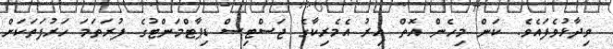
ވިދާޅުވެފައެވެ. ކަން މިހެން އޮތް އިރު އެމެރިކާގެ ޖަސްޓިސް ޑިޕާޓްމަންޓުގެ ފުރަތަމަ ހަރުފަތަކަށް